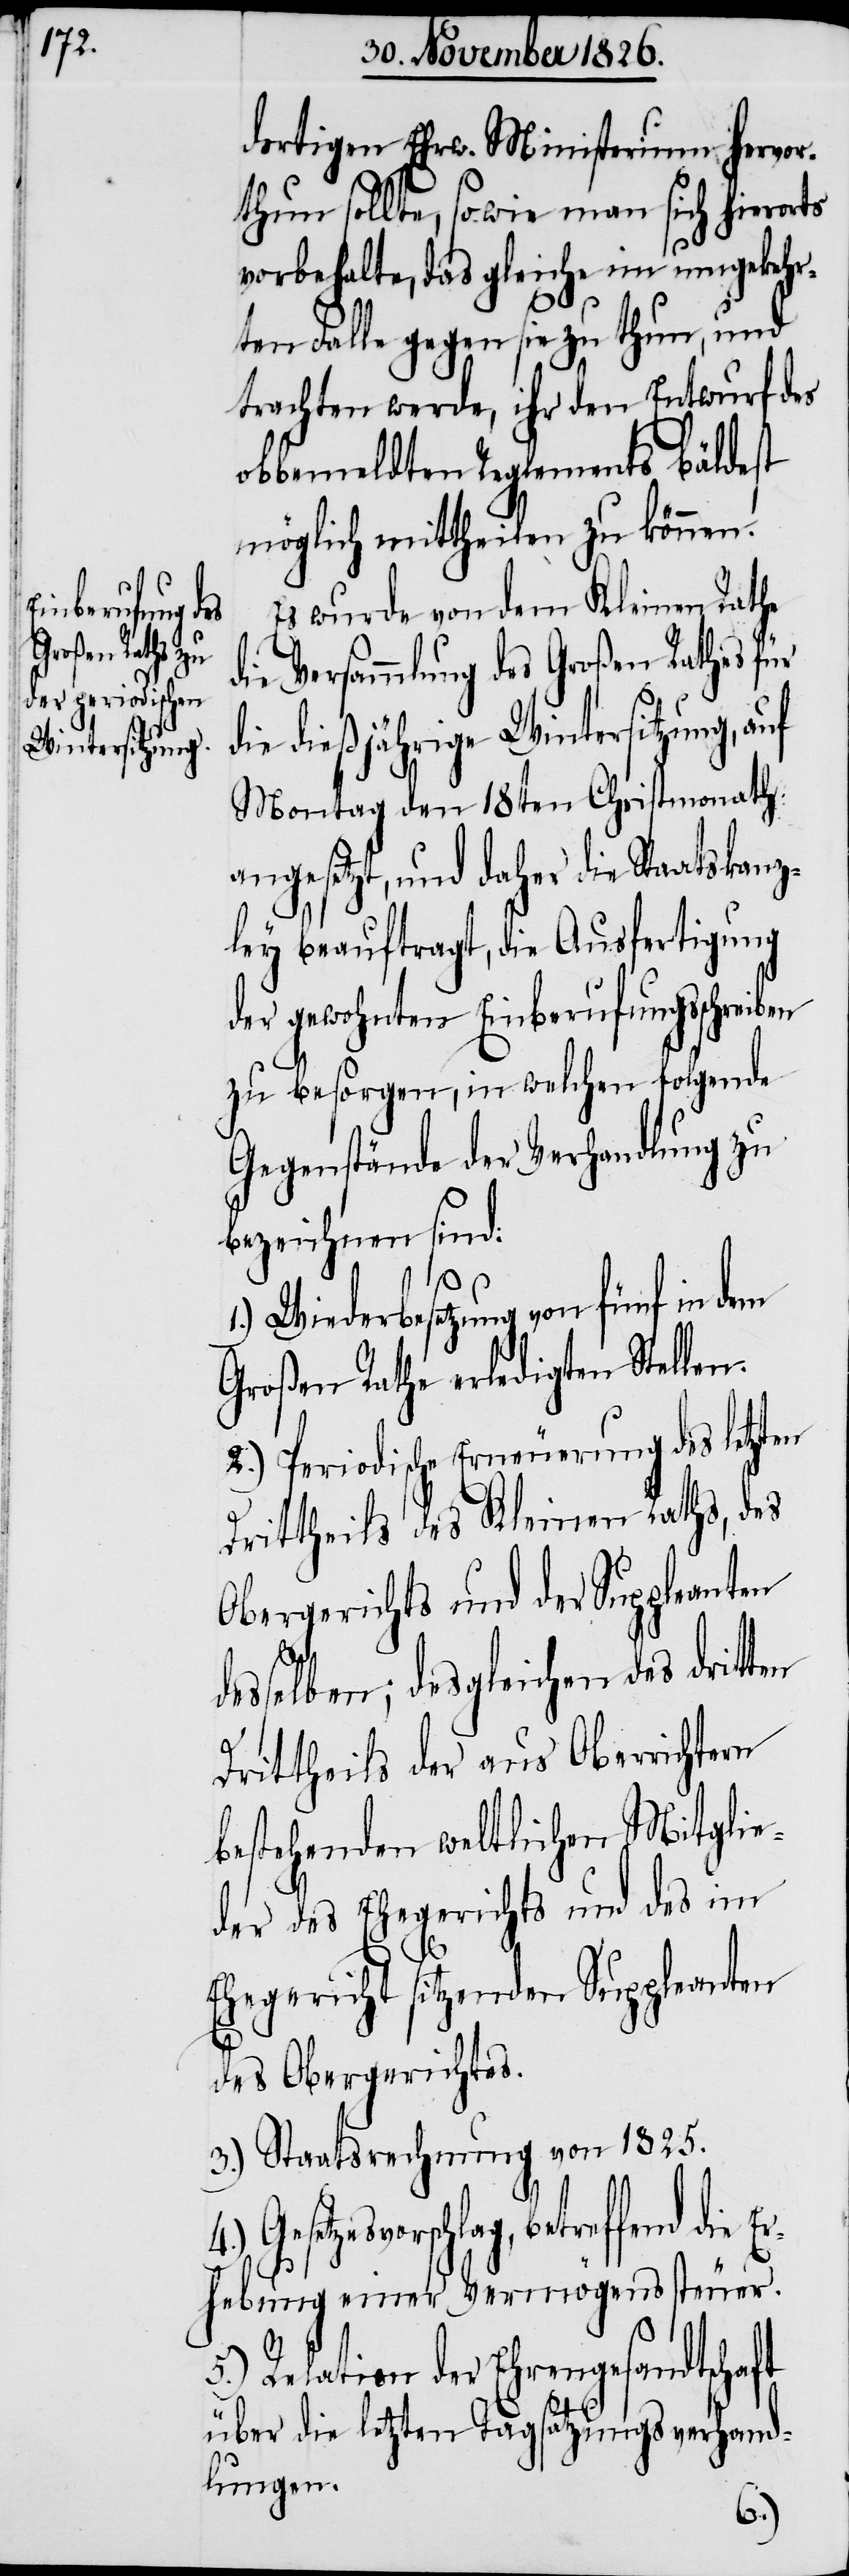
dortigen Ehrw. Ministerium hervor¬
thun sollte, sowie man sich hierorts
vorbehalte, das gleiche im umgekehr¬
ten Falle gegen sie zu thun, und
trachten werde, ihr den Entwurf des
obbemeldten Reglements bäldest
möglich mittheilen zu können.
Es wurde von dem Kleinen Rathe
die Versammlung des Großen Rathes für
die dießjährige Wintersitzung, auf
Montag den 18ten Christmonath
angesetzt, und daher die Staatskanz¬
ley beauftragt, die Ausfertigung
der gewohnten Einberufungsschreiben
zu besorgen, in welchen folgende
Gegenstände der Verhandlung zu
bezeichnen sind:
1.) Wiederbesetzung von fünf in dem
Großen Rathe erledigten Stellen.
2.) Periodische Erneuerung des letzten
Drittheils des Kleinen Raths, des
Obergerichts und der Suppleanten
desselben; desgleichen des dritten
Drittheils der aus Oberrichtern
bestehenden weltlichen Mitglie¬
der des Ehegerichts und des im
Ehegericht sitzenden Suppleanten
des Obergerichtes.
3.) Staatsrechnung von 1825.
setzesvorschlag, betreffend die
Erhebung einer Vermögenssteuer.
5.) Relation der Ehrengesandtschaft
über die letzten Tagsatzungsverhand¬
lungen.
Ge¬